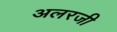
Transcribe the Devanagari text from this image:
अलरजी